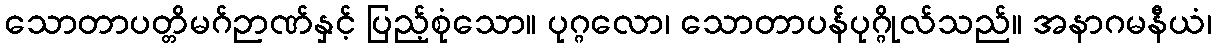
သောတာပတ္တိမဂ်ဉာဏ်နှင့် ပြည့်စုံသော။ ပုဂ္ဂလော၊ သောတာပန်ပုဂ္ဂိုလ်သည်။ အနာဂမနီယံ၊